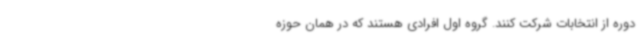
دوره از انتخابات شرکت کنند. گروه اول افرادی هستند که در همان حوزه